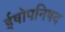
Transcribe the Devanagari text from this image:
ईषोपनिषद